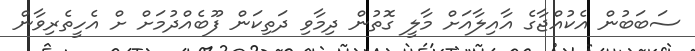
ސަބަބުން އެކުއްޖާގެ އާއިލާއަށް މާލީ ގޮތުން ދިމާވި ދަތިކަން ފޫބެއްދުމަށް ށް އެހީތެރިވާން